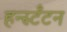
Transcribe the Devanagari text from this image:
हन्स्टँटन